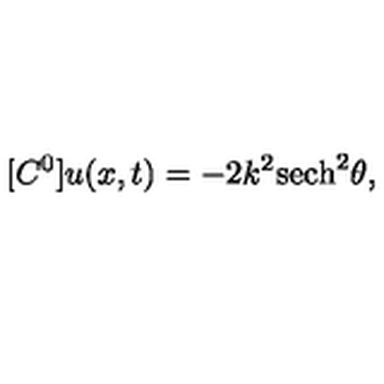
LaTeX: [ C ^ { 0 } ] u ( x , t ) = - 2 k ^ { 2 } \mathrm { s e c h } ^ { 2 } \theta ,